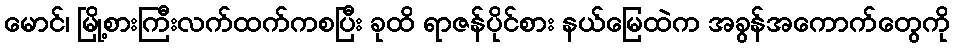
မောင်၊ မြို့စားကြီးလက်ထက်ကစပြီး ခုထိ ရာဇန်ပိုင်စား နယ်မြေထဲက အခွန်အကောက်တွေကို